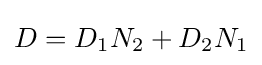
D=D_{1}N_{2}+D_{2}N_{1}